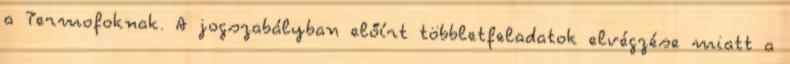
a Termofoknak. A jogszabályban előírt többletfeladatok elvégzése miatt a